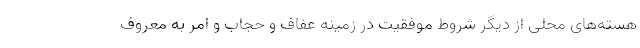
هسته‌های محلی از دیگر شروط موفقیت در زمینه عفاف و حجاب و امر به معروف